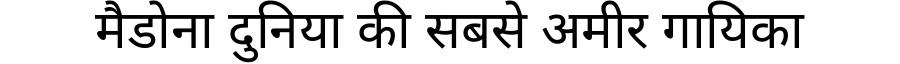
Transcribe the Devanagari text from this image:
मैडोना दुनिया की सबसे अमीर गायिका